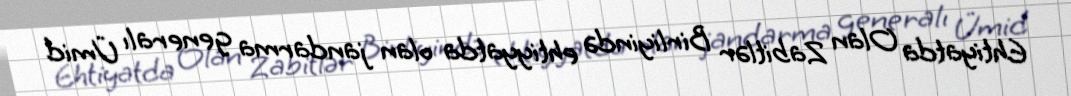
Ehtiyatda Olan Zabitlər Birliyində ehtiyyatda olan jandarma generalı Ümid